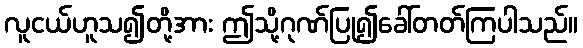
လူငယ်ဟူသ၍တို့အား ဤသို့ဂုဏ်ပြု၍ခေါ်တတ်ကြပါသည်။